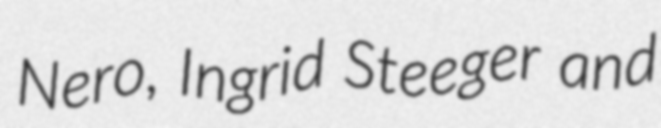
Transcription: Nero, Ingrid Steeger and